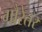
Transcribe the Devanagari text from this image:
गौरेतर